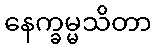
နေက္ခမ္မသိတာ